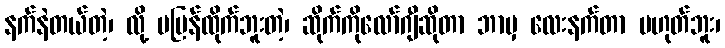
နက်နဲတယ်တဲ့၊ လို့ မပြန်ထိုက်ဘူးတဲ့၊ ဆိုက်ကိုလော်ဂျီဆိုတာ ဘာမှ လေးနက်တာ မဟုတ်ဘူး၊